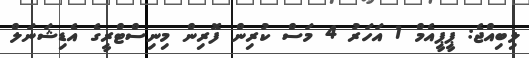
ލިބިއްޖެ: ޕީޕީއެމް 1 އަހަރު 4 މަސް ކުރިން ފޮރިން މިނިސްޓްރީގެ އެޑިޝަނަލް